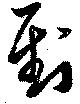
到